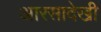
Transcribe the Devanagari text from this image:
आरसादेखी